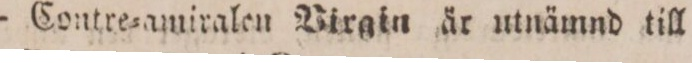
— Contre=amiralen Virgin är utnämnd till